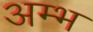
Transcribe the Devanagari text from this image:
अम्भ